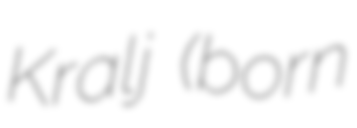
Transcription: Kralj (born